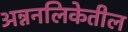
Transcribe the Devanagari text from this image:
अन्ननलिकेतील